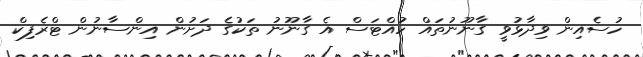
ހުސެއިން ވިދާޅުވީ ގާނޫނުތައް ހުއްޓަސް އެ ގާނޫނު ތަކުގެ ދަށުން އިންސާނުން ޓްރެފިކް